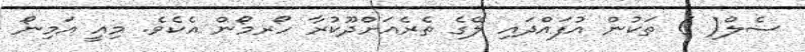
ސެލް( ) ތަކުން އުފައްދައި ލޭގެ ތެރެއަށްދޫކުރާ ހޯރމޯން އެކެވެ. މިއީ އަމިނޯ